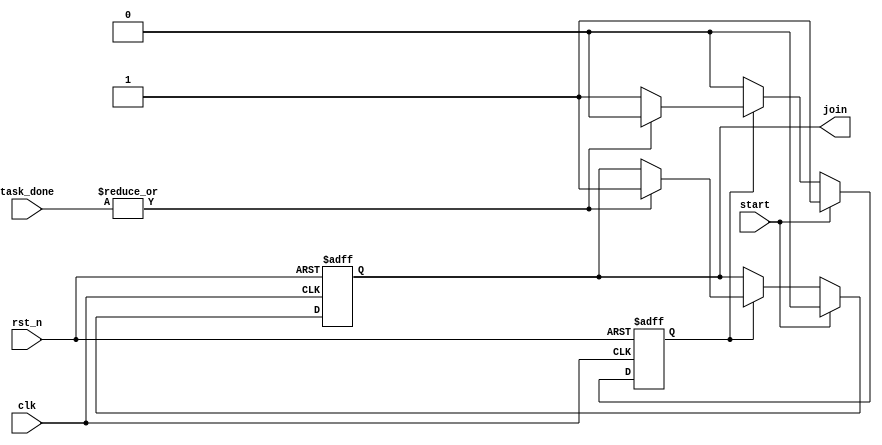
module ForkJoinAny #(
    parameter NUM_TASKS = 4 // Number of concurrent tasks
)(
    input wire clk,                     // Clock signal
    input wire rst_n,                   // Active-low reset signal
    input wire start,                   // Start signal to initiate tasks
    input wire [NUM_TASKS-1:0] task_done, // Task completion signals
    output reg join                     // Join signal indicating one task completed
);

    // State declaration
    reg active;                         // Indicates if the tasks are active

    // Sequential logic for Join signal and active state
    always @(posedge clk or negedge rst_n) begin
        if (!rst_n) begin
            join <= 1'b0;               // Reset join signal
            active <= 1'b0;             // Reset active state
        end else begin
            if (start) begin
                active <= 1'b1;         // Set active on start
                join <= 1'b0;           // Clear join signal
            end else if (active) begin
                // Check if any task is done
                if (|task_done) begin    // Logical OR to check if any task is completed
                    join <= 1'b1;        // Assert join signal
                    active <= 1'b0;      // Clear active state
                end
            end
        end
    end

endmodule